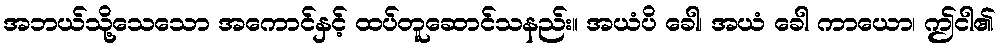
အဘယ်သို့သေသော အကောင်နှင့် ထပ်တူဆောင်သနည်း။ အယံပိ ခေါ၊ အယံ ခေါ ကာယော၊ ဤငါ၏